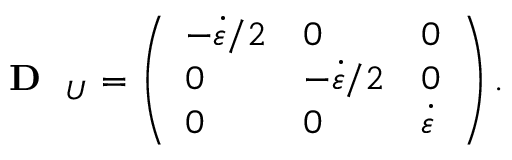
\mathrm { ~ \bf ~ { ~ D ~ } ~ } _ { U } = \left( \begin{array} { l l l } { - \dot { \varepsilon } / 2 } & { 0 } & { 0 } \\ { 0 } & { - \dot { \varepsilon } / 2 } & { 0 } \\ { 0 } & { 0 } & { \dot { \varepsilon } } \end{array} \right) .